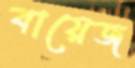
বায়েজ